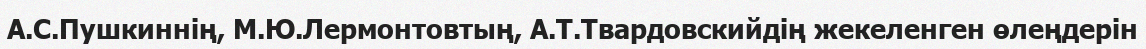
А.С.Пушкиннің, М.Ю.Лермонтовтың, А.Т.Твардовскийдің жекеленген өлеңдерін